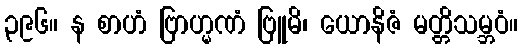
၃၉၆။ န စာဟံ ဗြာဟ္မဏံ ဗြူမိ၊ ယောနိဇံ မတ္တိသမ္ဘဝံ။